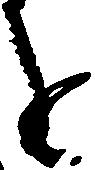
を